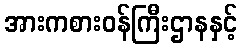
အားကစားဝန်ကြီးဌာနနှင့်